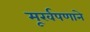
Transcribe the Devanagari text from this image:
मूर्खपणाने